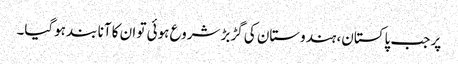
پر جب پاکستان، ہندوستان کی گڑبڑ شروع ہوئی تو ان کا آنا بند ہوگیا۔